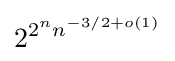
2^{2^{n}n^{-3/2+o(1)}}